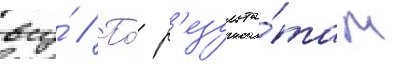
всу́ // По́ р'езульта́там